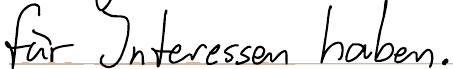
für Interessen haben.